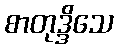
စာတုဒ္ဒိသေ